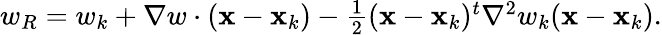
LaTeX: \begin{array}{r}{w_{R}=w_{k}+\nabla w\cdot({\mathbf x}-{\mathbf x}_{k})-\frac{1}{2}({\mathbf x}-{\mathbf x}_{k})^{t}{\nabla}^{2}w_{k}({\mathbf x}-{\mathbf x}_{k}).}\end{array}